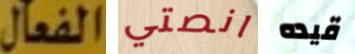
الفعال انصتي قيده